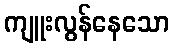
ကျူးလွန်နေသော